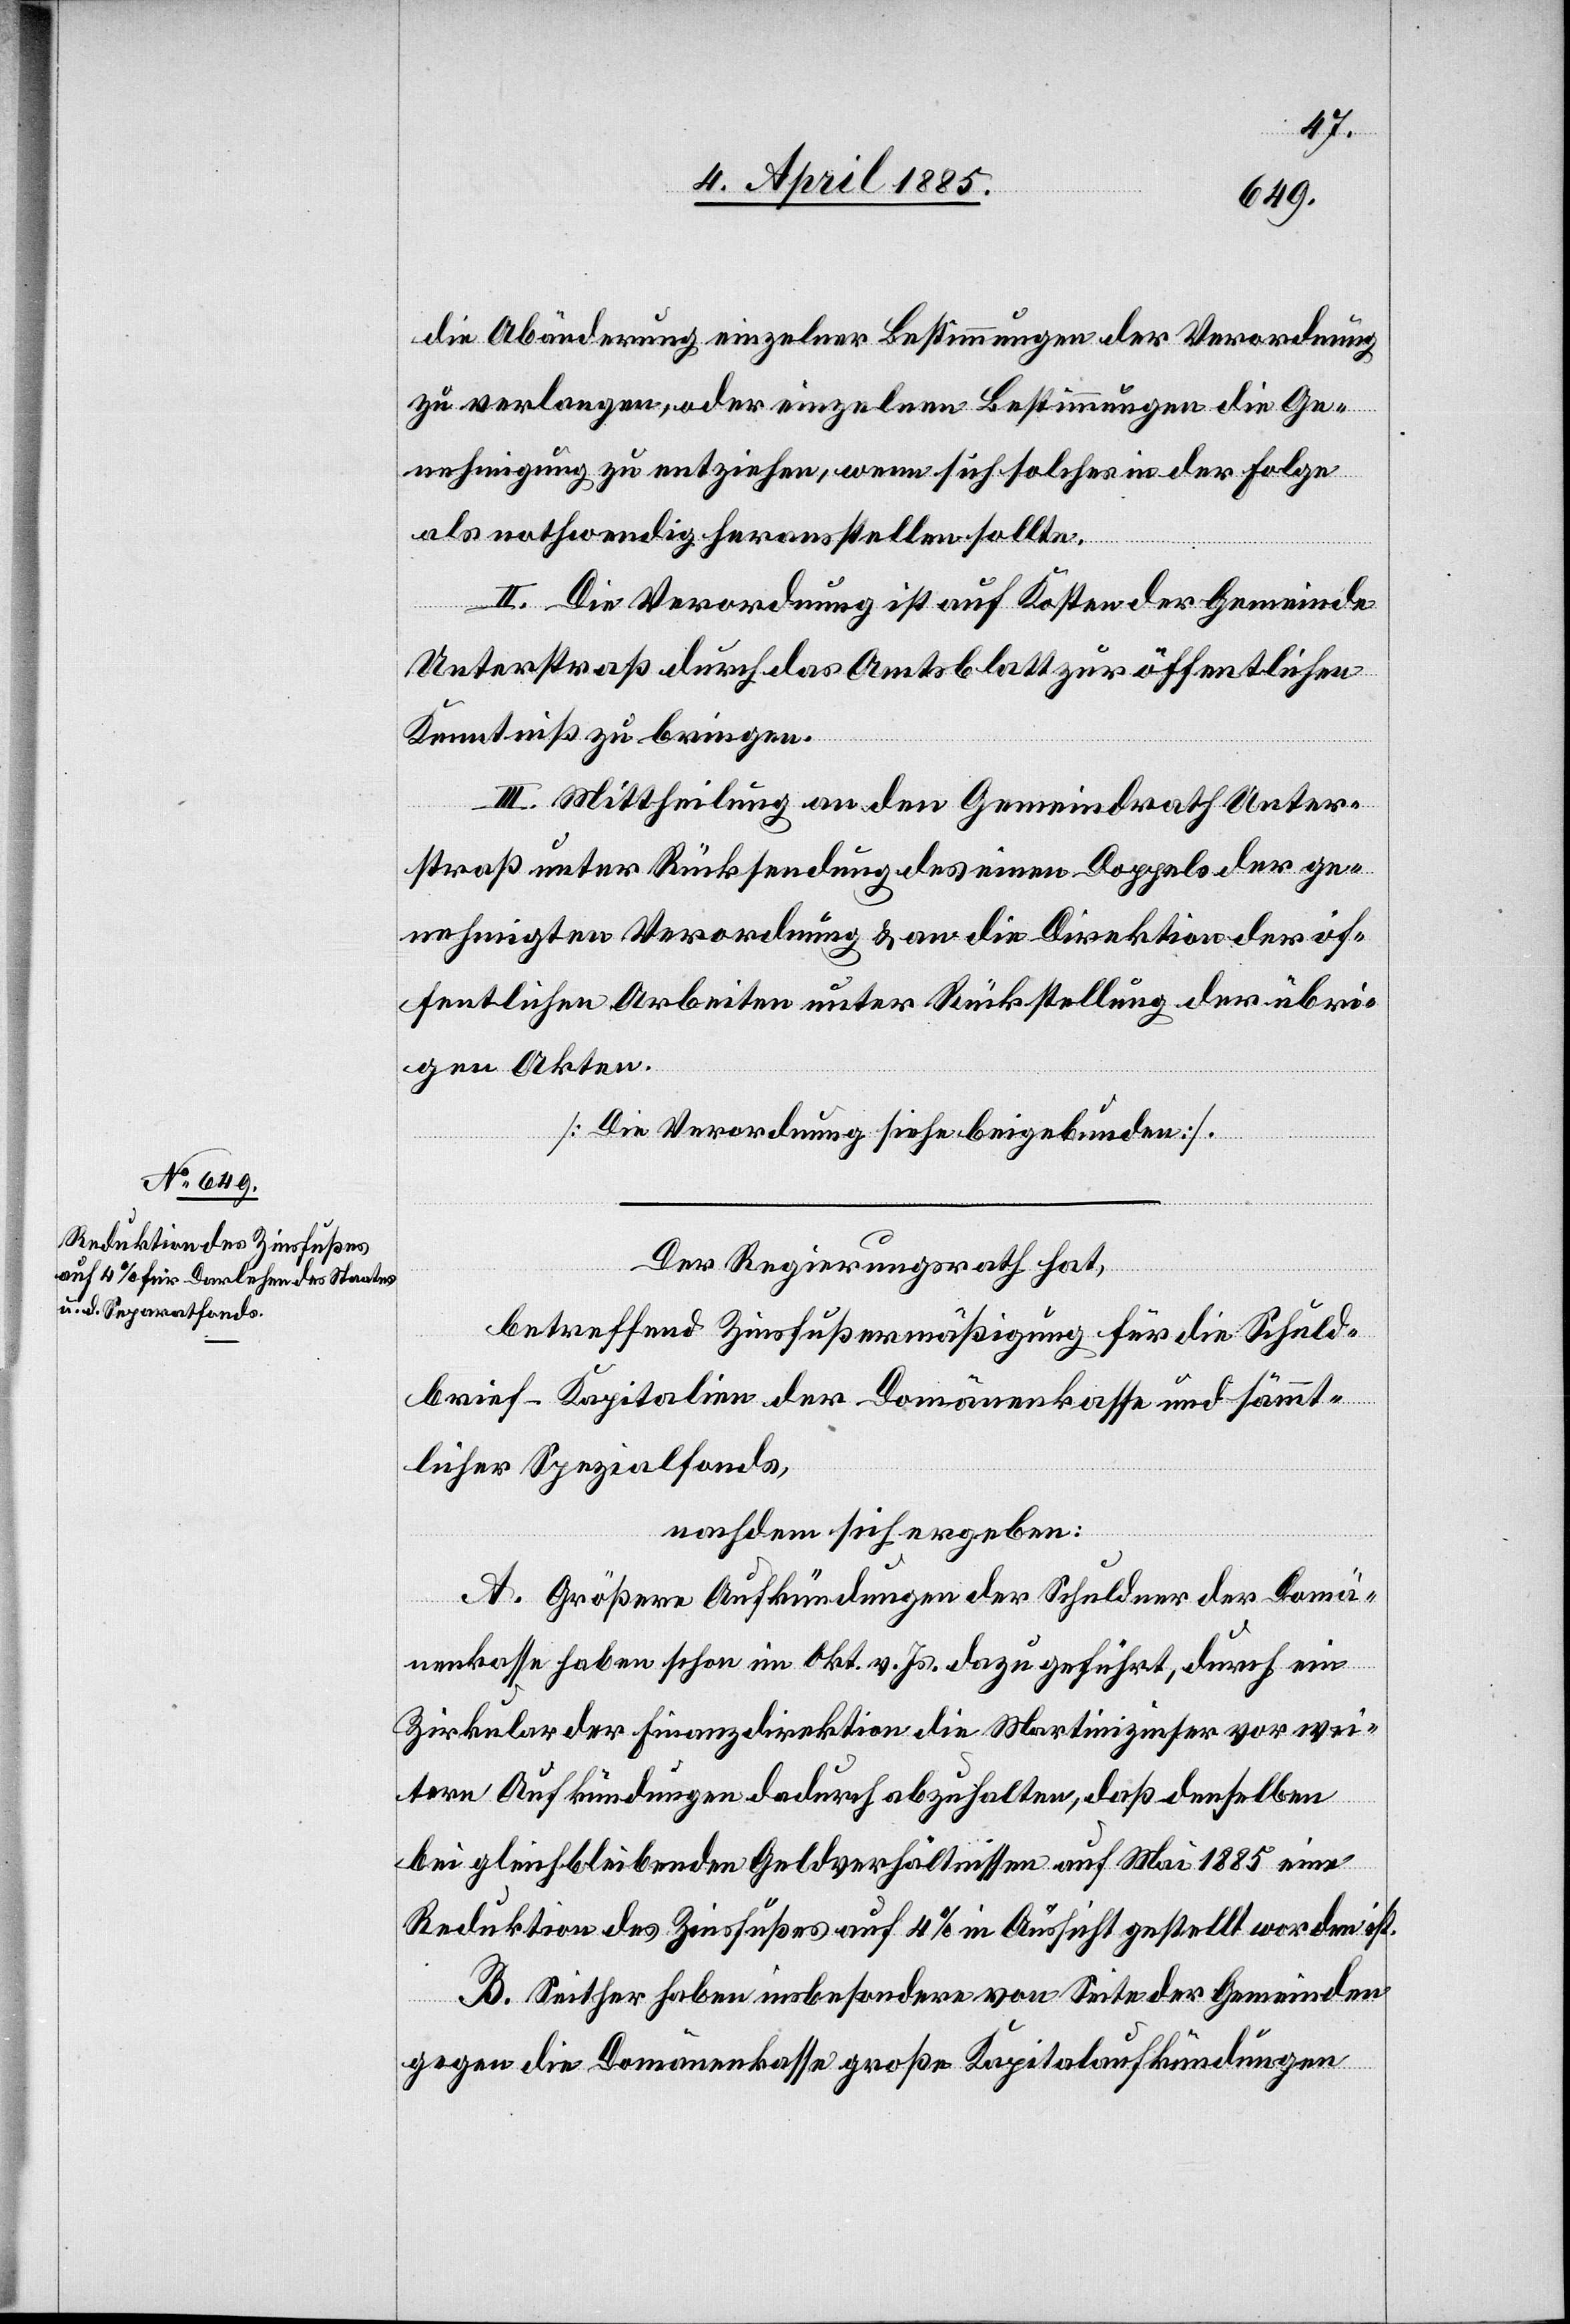
die Abänderung einzelner Bestimmungen der Verordnung
zu verlangen, oder einzelnen Bestimmungen die Ge¬
nehmigung zu entziehen, wenn sich solches in der Folge
als nothwendig herausstellen sollte.
II. Die Verordnung ist auf Kosten der Gemeinde
Unterstraß durch das Amtsblatt zur öffentlichen
Kenntniß zu bringen.
III. Mittheilung an den Gemeindrath Unter¬
straß unter Rücksendung des einen Doppels der ge¬
nehmigten Verordnung & an die Direktion der öf¬
fentlichen Arbeiten unter Rückstellung der übri¬
gen Akten.
[Die Verordnung siehe beigebunden].
Der Regierungsrath hat,
betreffend Zinsflußermäßigung für die Schuld¬
brief-Kapitalien der Domänenkasse und sämmt¬
licher Spezialfonds,
nachdem sich ergeben:
A. Größere Aufkündungen der Schuldner der Domä¬
nenkasse haben schon im Okt. v. Js. dazu geführt, durch ein
Zirkular der Finanzdirektion die Martinizinser vor wei¬
tern Aufkündungen dadurch abzuhalten, daß denselben
bei gleichbleibenden Geldverhältnissen auf Mai 1885 eine
Reduktion des Zinsfußes auf 4% in Aussicht gestellt worden ist.
B. Seither haben insbesondere von Seite der Gemeinden
gegen die Domänenkasse große Kapitalaufkündungen